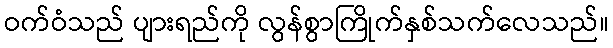
ဝက်ဝံသည် ပျားရည်ကို လွန်စွာကြိုက်နှစ်သက်လေသည်။